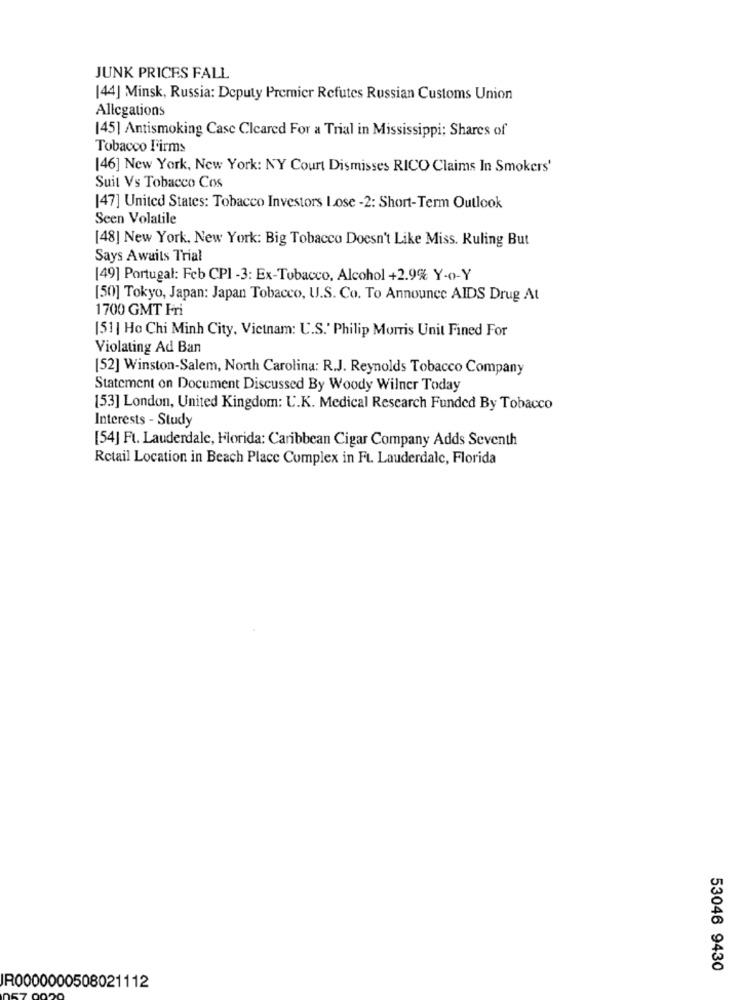
JUNK PRICES FALL
[44] Minsk, Russia: Deputy Premier Refutes Russian Customs Union
Allegations
145] Antismoking Case Cleared For a Trial in Mississippi: Shares of
Tobacco Firms
[46] New York, New York: NY Court Dismisses RICO Claims In Smokers'
Suit Vs Tobacco Cos
[47] United States: Tobacco Investors Lose -2: Short-Term Outlook
Seen Volatile
[48] New York, New York: Big Tobacco Doesn't Like Miss. Ruling But
Says Awaits Trial
[49] Portugal: Feb CPI -3: Ex-Tobacco, Alcohol +2.9% Y-o-Y
[50] Tokyo, Japan: Japan Tobacco, U.S. Co. To Announce AIDS Drug At
1700 GMT Fri
[51| Ho Chi Minh City, Vietnam: U.S.' Philip Morris Unit Fined For
Violating Ad Ban
[52] Winston-Salem, North Carolina: R.J. Reynolds Tobacco Company
Statement on Document Discussed By Woody Wilner Today
[53] London, United Kingdom: U.K. Medical Research Funded By Tobacco
Interests - Study
[54] Ft. Lauderdale, Florida: Caribbean Cigar Company Adds Seventh
Retail Location in Beach Place Complex in Ft. Lauderdale, Florida
53046 9430
R0000000508021112